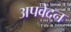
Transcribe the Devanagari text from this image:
अपवेदन